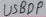
Text: USBDP